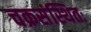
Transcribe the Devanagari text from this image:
चक्रसंस्थितः